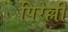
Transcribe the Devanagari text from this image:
पिरेल्ली